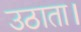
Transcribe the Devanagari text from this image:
उठाता।